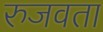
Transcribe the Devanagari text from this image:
रुजवता